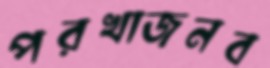
পরখাজনব